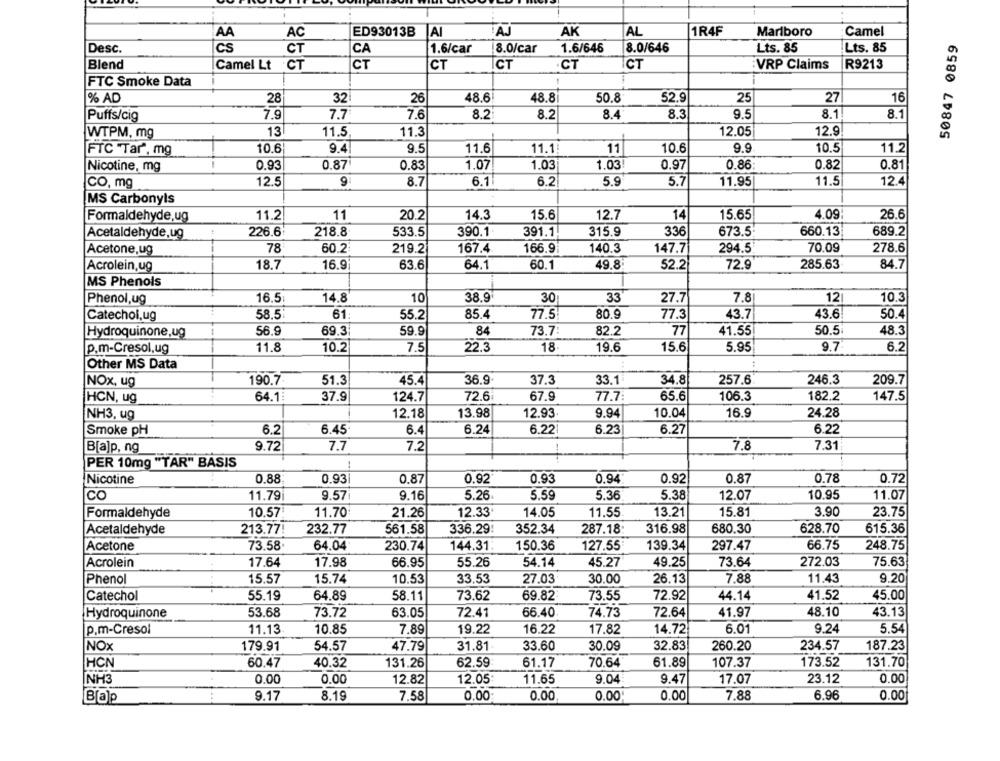
AK
1R4F
AA
AC
ED93013B
JAI
AJ
AL
Marlboro
Camel
50847 0859
Desc.
cs
CT
CA
1.6/car
8.0/car
1.6/646
8.0/646
Lts. 85
Lts. 85
Blend
Camel Lt
CT
CT
CT
ICT
CT
ICT
VRP Claims
R9213
FTC Smoke Data
% AD
28
32
26
48.6
48.8
50.8
52.9
25
27
16
7.9
7.7
7.6
8.2
8.2
8.4
8.3
9.5
8.1
8.1
Puffs/cig
WTPM, mg
13
11.5
11.3
12.05
12.9
FTC Tar", mg
10.6
9.4
9.5
11.6
11.1
11
10.6
9.9
10.5
11.2
Nicotine, mg
0.93
0.87
0.83
1.07
1.03
1.03
0.97
0.86
0.82
0.81
12.5
8.7
6.1
6.2
5.9
5.7
11.95
11.5
12.4
CO, mg
MS Carbonyls
12.7
26.6
Formaldehyde,ug
11.2
11
20.2
14.3
15.6
14
15.65
4.09
Acetaldehyde,ug
226.6
218.8
533.5
390.1
391.1
315.9
336
673.5
660.13
689.2
Acetone,ug
78
60.2
219.2
167.4
166.9
140.3
147.7
294.5
70.09
278.6
Acrolein,ug
18.7
16.9
63.6
64.1
60.1
49.8
52.2
72.9
285.63
84.7
MS Phenols
14.8
10
38.9
7.8
10.3
Phenol,ug
16.5
30
33
27.7
12
Catechol, ug
58,5
61:
55.2
85.4
77.5
80.9
77.3
43.7
43.6
50.4
Hydroquinone,ug
56.9
69.3
59.9
84
73.7:
82.2
77
41.55
50.5
48.3
p.m-Cresol,ug
11.8
10.2
7.5
22.3
18
19.6
15.6
5.95
9.7
6.2
Other MS Data
190.7
51.3
45.4
36.9.
37.3
33.1
34.8
257.6
246.3
209.7
NOx, ug
HCN, ug
64.1
37.9
124.7
72.6
67.9
77.7
65.6
106.3
182.2
147.5
NH3, ug
12.18
13.98
12.93
9.94
10.04
16.9
24.28
Smoke pH
6.2
6.45
6.4
6.24
6.22
6.23
6.27
6.22
B[a]p, ng
9.72
7.7
7.2
7.8
7.31
PER 10mg "TAR" BASIS
Nicotine
0.88
0.93
0.87
0.92
0.93
0.94
0.92
0.87
0.78
0.72
9.57
10.95
CO
11.79
9.16
5.26
5.59
5.36
5.38
12.07
11.07
Formaldehyde
10.57
11.70
21.26
12.33
14.05
11.55
13.21
15.81
3.90
23.75
Acetaldehyde
213.77!
232.77
561.58
336.29!
352.34
287.18
316.98
680.30
628.70
615.36
Acetone
73.58
64.04
230.74
144.31
150.36
127.55
139.34
297.47
66.75
248.75
Acrolein
17.64
17.98
66.95
55.26
54.14
45.27
49.25
73.64
272.03
75.63
15.57
15.74
30.00
26.13
7.88
11.43
9.20
Phenol
10.53
33.53
27.03
Catechol
55.19
64.89
58.11
73.62
69.82
73.55
72.92
44.14
41.52
45.00
Hydroquinone
53.68
73.72
63.05
72.41
66.40
74.73
72.64
41.97
48.10
43.13
p.m-Cresol
11.13
10.85
7.89
19.22
16.22
17.82
14.72
6.01
9.24
5.54
NOX
179.91
54.57
47.79
31.81
33.60
30.09
32.83
260.20
234.57
187.23
HCN
60.47
61.89
173.52
131.70
40.32
131.26
62.59
61.17
70.64
107.37
0.00
NH3
0.00
0.00
12.82
12.05
11.65
9.04
9.47
17.07
23.12
Bap
9.17
8.19
7.58
0.00
0.00
0.00
0.00
7.88
6.96
0.00